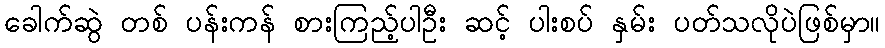
ခေါက်ဆွဲ တစ် ပန်းကန် စားကြည့်ပါဦး ဆင့် ပါးစပ် နှမ်း ပတ်သလိုပဲဖြစ်မှာ။